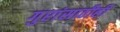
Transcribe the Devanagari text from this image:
गुरांसाठीही